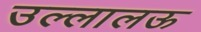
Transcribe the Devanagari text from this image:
उल्लालऊ